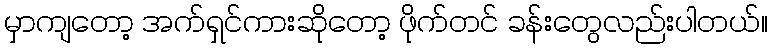
မှာကျတော့ အက်ရှင်ကားဆိုတော့ ဖိုက်တင် ခန်းတွေလည်းပါတယ်။